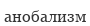
анобализм